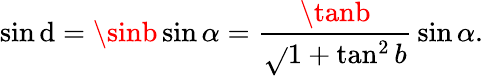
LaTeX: \sin\mathrm{d}=\sinb\sin\alpha={\frac{{\tanb}}{{\sqrt{}{{1+\tan^{2}b}}}}}\sin\alpha.